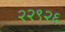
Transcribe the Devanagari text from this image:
२२९२६